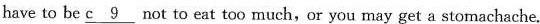
have to be \underline{c9} not to eat too much,or you may get a stomachache.